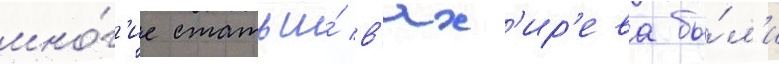
мно́г'ие статьи́ в'ях'ир'ева бы́л'и